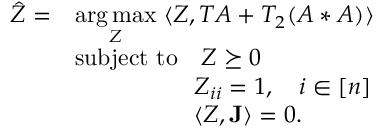
\begin{array} { r l } { \hat { Z } = } & { \underset { Z } { \arg \operatorname* { m a x } } ~ \langle Z , T A + T _ { 2 } ( A * A ) \rangle } \\ & { \mathrm { s u b j e c t ~ t o } \quad Z \succeq 0 } \\ & { \quad \quad \quad \quad \quad Z _ { i i } = 1 , \quad i \in [ n ] } \\ & { \quad \quad \quad \quad \quad \langle Z , \mathbf { J } \rangle = 0 . } \end{array}